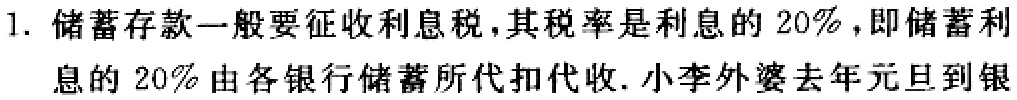
1. 储蓄存款一般要征收利息税，其税率是利息的 20%，即储蓄利
息的 20%由各银行储蓄所代扣代收. 小李外婆去年元旦到银